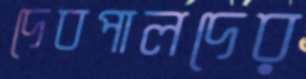
দেবপালদের